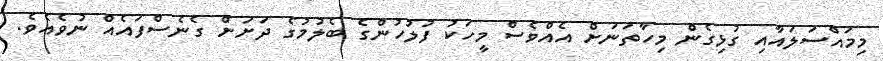
މިމައްސަލައާއި ގުޅިގެން މިހާތަނަށް އެއްވެސް މީހަކު ފުލުހުންގެ ބެލުމުގެ ދަށަށް ގެނެސްފައެއް ނުވެއެވެ.